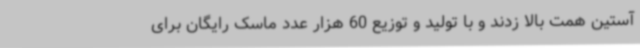
آستین همت بالا زدند و با تولید و توزیع 60 هزار عدد ماسک رایگان برای